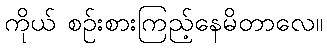
ကိုယ် စဉ်းစားကြည့်နေမိတာလေ။